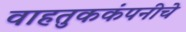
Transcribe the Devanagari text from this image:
वाहतुककंपनीचे